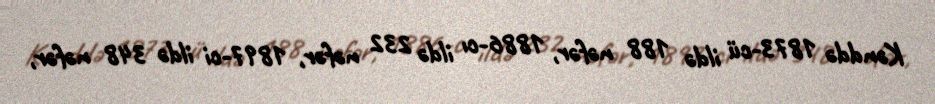
Kənddə 1873-cü ildə 188 nəfər, 1886-cı ildə 232 nəfər, 1897-ci ildə 348 nəfər,